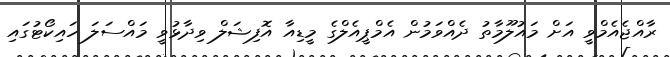
ރާއްޖެއެމްވީ އަށް މައުލޫމާތު ދެއްވަމުން އެމްޕީއެލްގެ މީޑިއާ އޮފިޝަލް ވިދާޅުވީ މައްސަލަ ހައިކޯޓުގައި